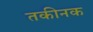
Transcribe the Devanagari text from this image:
तकीनक